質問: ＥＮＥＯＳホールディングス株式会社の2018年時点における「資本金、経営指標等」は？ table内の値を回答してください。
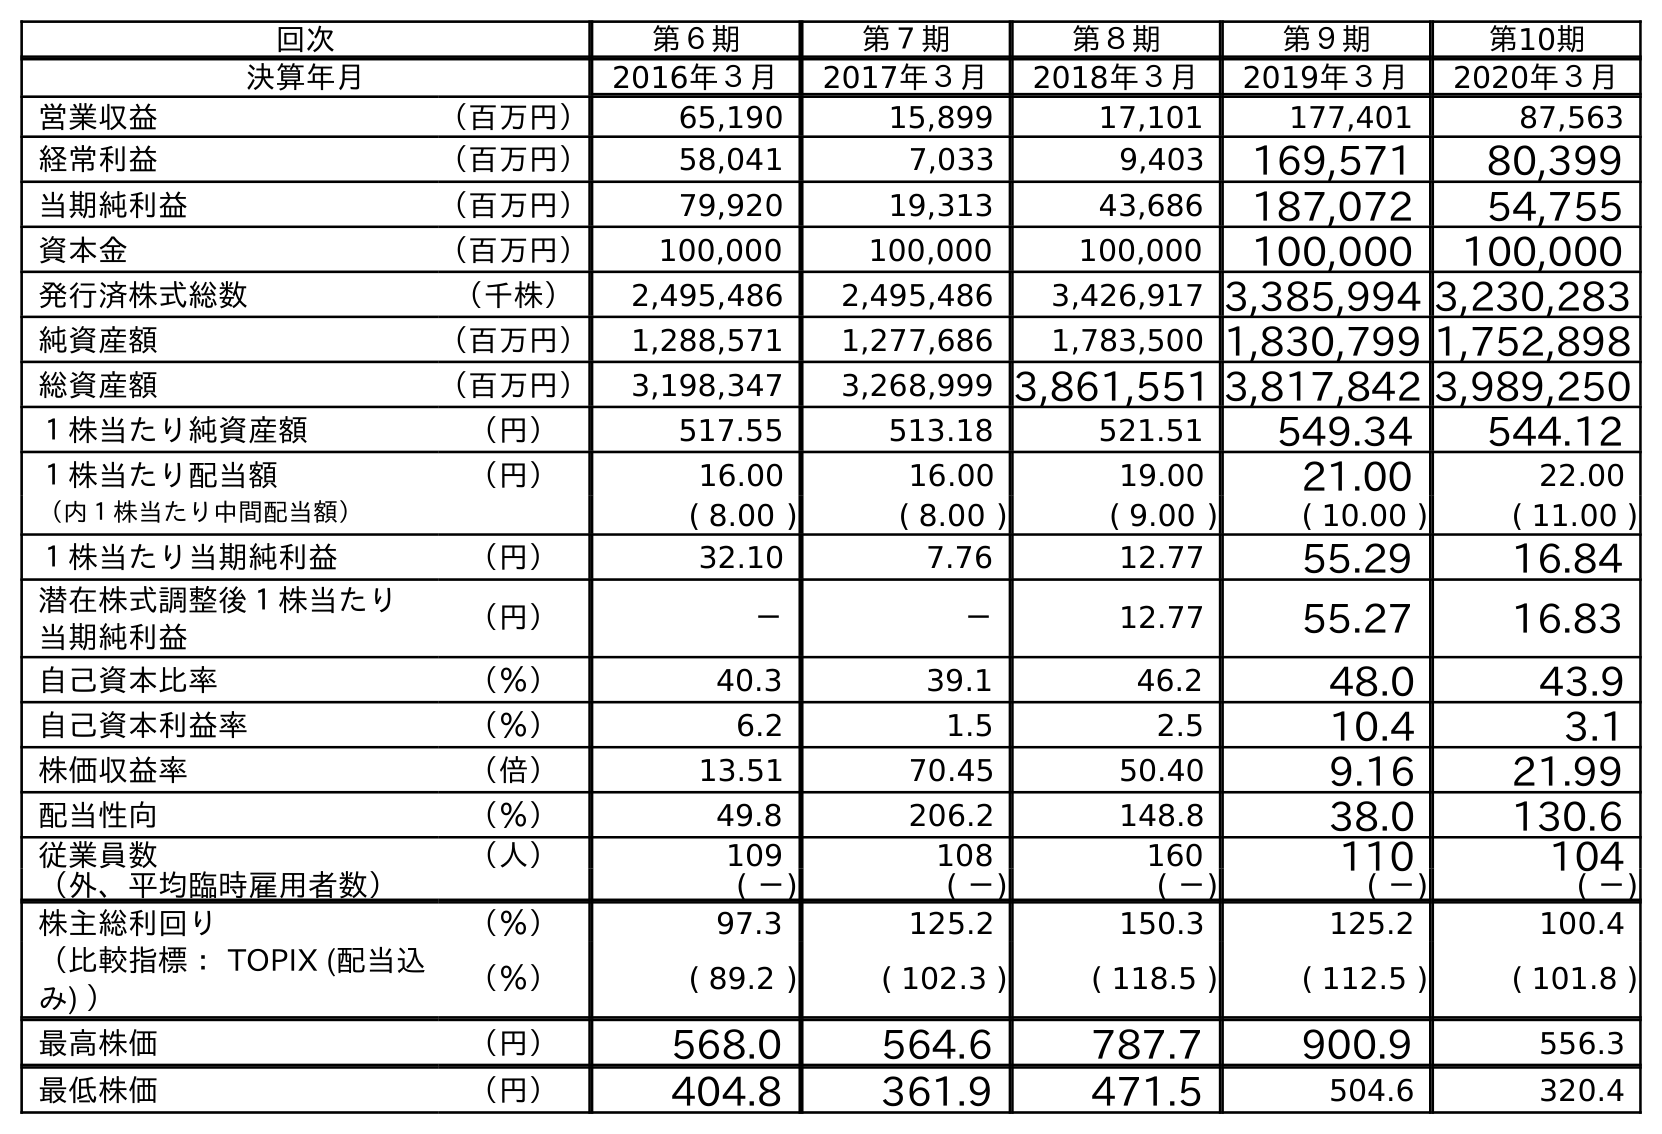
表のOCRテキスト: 回次 第６期 第７期 第８期 第９期 第10期 決算年月 2016年３月 2017年３月 2018年３月 2019年３月 2020年３月 営業収益 （百万円） 65,190 15,899 17,101 177,401 87,563 経常利益 （百万円） 58,041 7,033 9,403 169,571 80,399 当期純利益 （百万円） 79,920 19,313 43,686 187,072 54,755 資本金 （百万円） 100,000 100,000 100,000 100,000 100,000 発行済株式総数 （千株） 2,495,486 2,495,486 3,426,917 3,385,994 3,230,283 純資産額 （百万円） 1,288,571 1,277,686 1,783,500 1,830,799 1,752,898 総資産額 （百万円） 3,198,347 3,268,999 3,861,551 3,817,842 3,989,250 １株当たり純資産額 （円） 517.55 513.18 521.51 549.34 544.12 １株当たり配当額 （円） 16.00 16.00 19.00 21.00 22.00 （内１株当たり中間配当額） ( 8.00 ) ( 8.00 ) ( 9.00 ) ( 10.00 ) ( 11.00 ) １株当たり当期純利益 （円） 32.10 7.76 12.77 55.29 16.84 潜在株式調整後１株当たり 当期純利益 （円） － － 12.77 55.27 16.83 自己資本比率 （％） 40.3 39.1 46.2 48.0 43.9 自己資本利益率 （％） 6.2 1.5 2.5 10.4 3.1 株価収益率 （倍） 13.51 70.45 50.40 9.16 21.99 配当性向 （％） 49.8 206.2 148.8 38.0 130.6 従業員数 （人） 109 108 160 110 104 （外、平均臨時雇用者数） ( －) ( －) ( －) ( －) ( －) 株主総利回り （％） 97.3 125.2 150.3 125.2 100.4 （比較指標： TOPIX (配当込 み) ） （％） ( 89.2 ) ( 102.3 ) ( 118.5 ) ( 112.5 ) ( 101.8 ) 最高株価 （円） 568.0 564.6 787.7 900.9 556.3 最低株価 （円） 404.8 361.9 471.5 504.6 320.4
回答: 100,000